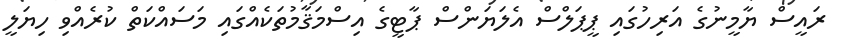
ރައީސް ޔާމީނުގެ އަރިހުގައި ޕީޕަލްސް އެލަޔަންސް ޕާޓީގެ އިސްމަޤާމުތަކެއްގައި މަސައްކަތް ކުރެއްވި ހިޔަލީ